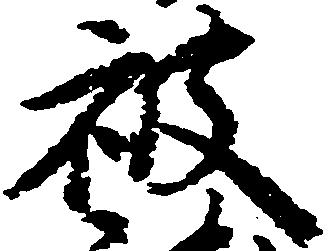
被